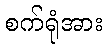
စက်ရုံအား